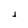
Character: 1